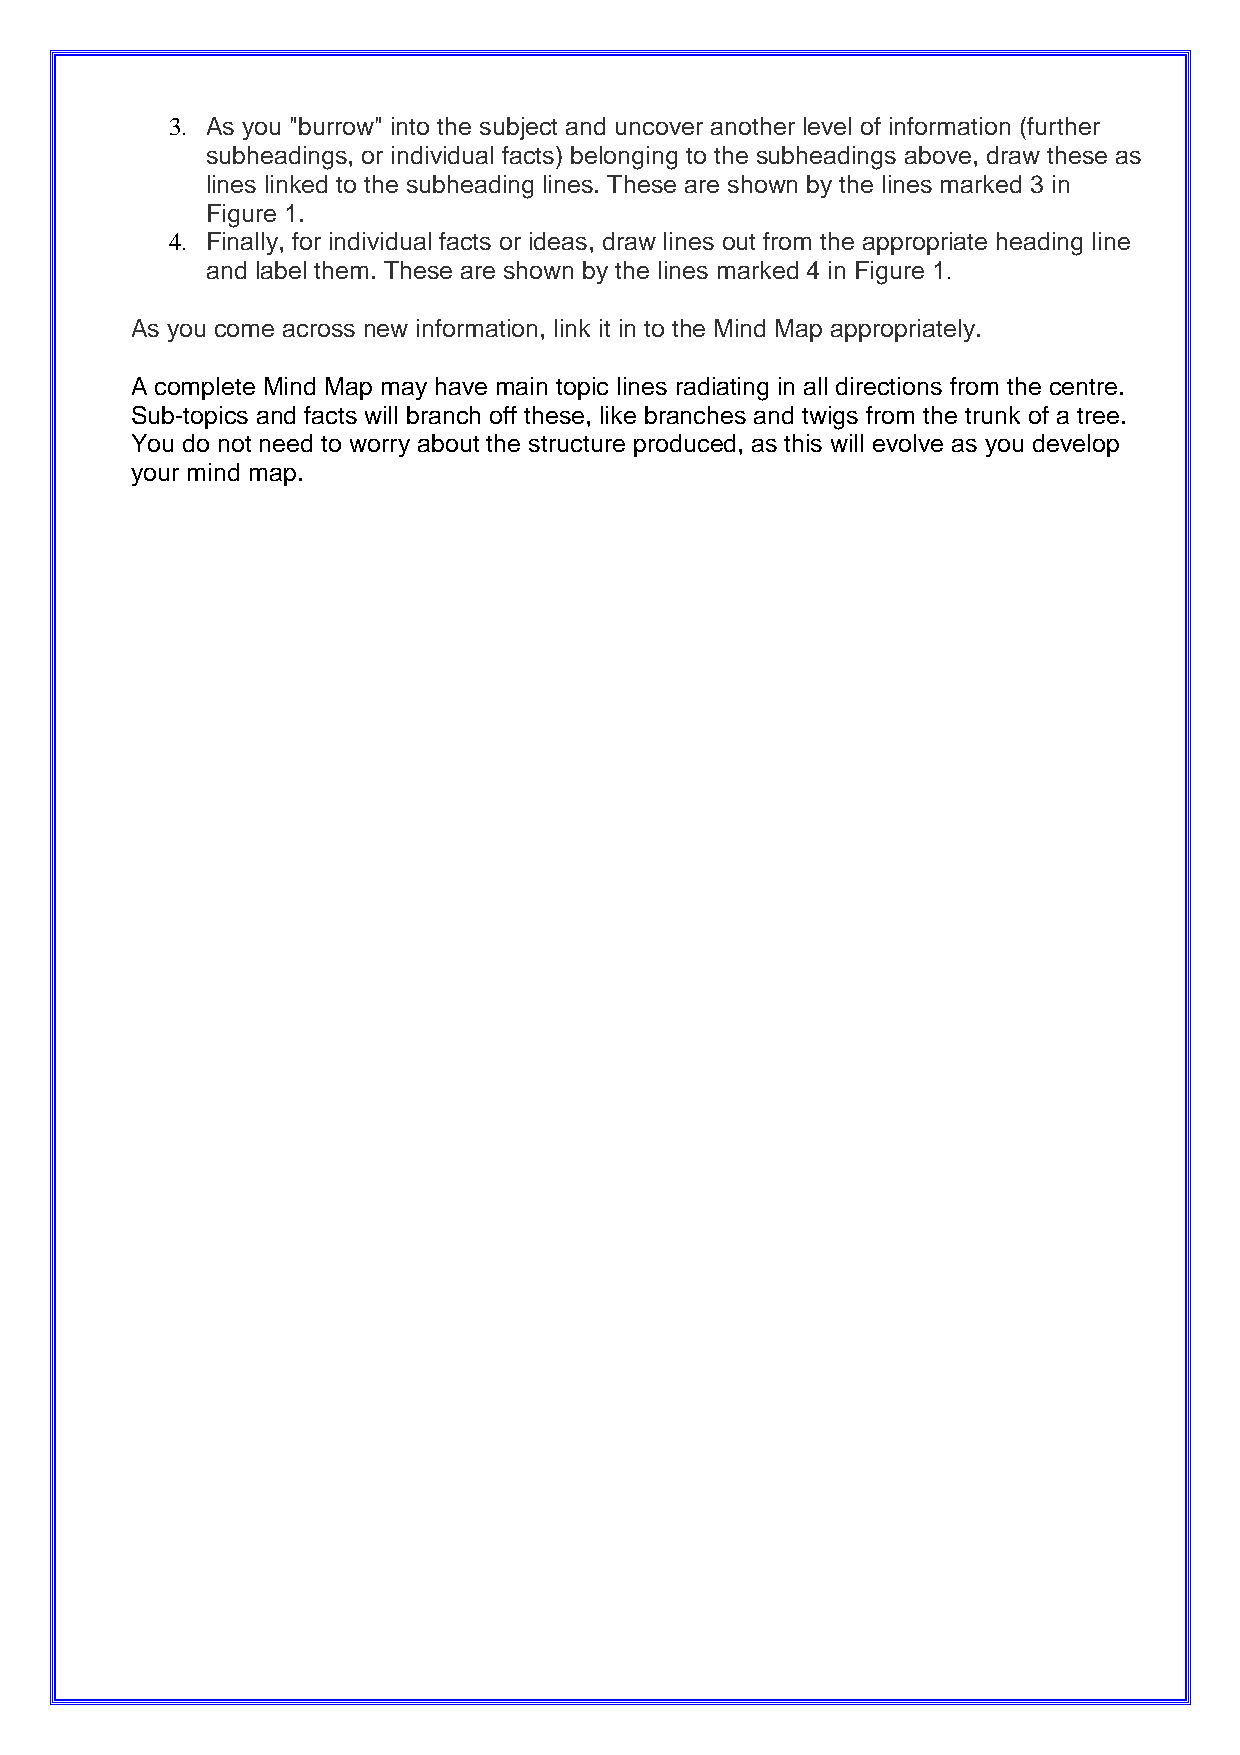
3. As you "burrow" into the subject and uncover another level of information (further
 subheadings, or individual facts) belonging to the subheadings above, draw these as
 lines linked to the subheading lines. These are shown by the lines marked 3 in
 Figure 1.
 4. Finally, for individual facts or ideas, draw lines out from the appropriate heading line
 and label them. These are shown by the lines marked 4 in Figure 1.
 As you come across new information, link it in to the Mind Map appropriately.
 A complete Mind Map may have main topic lines radiating in all directions from the centre.
 Sub-topics and facts will branch off these, like branches and twigs from the trunk of a tree.
 You do not need to worry about the structure produced, as this will evolve as you develop
 your mind map.